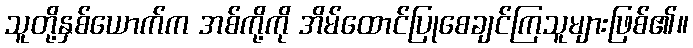
သူတို့နှစ်ယောက်က အစ်ကို့ကို အိမ်ထောင်ပြုစေချင်ကြသူများဖြစ်၏။